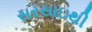
સરસાઇથી